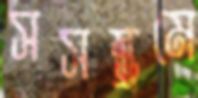
সসম্ভ্রমে